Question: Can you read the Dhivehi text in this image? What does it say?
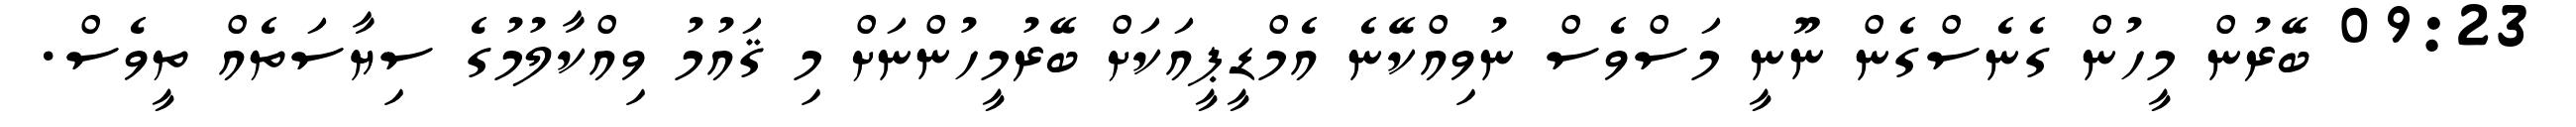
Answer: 09:23 ބޭރުން މީހުން ގެނެސްގެން ނޫނީ މަސްވެސް ނުވިއްކޭނެ އެމްޑީޕީއަކަށް ބޭރުމީހުންނަށް މި ޤައުމު ވިއްކާލުމުގެ ސިޔާސަތެއް ތީވެސް.